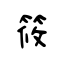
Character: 筱